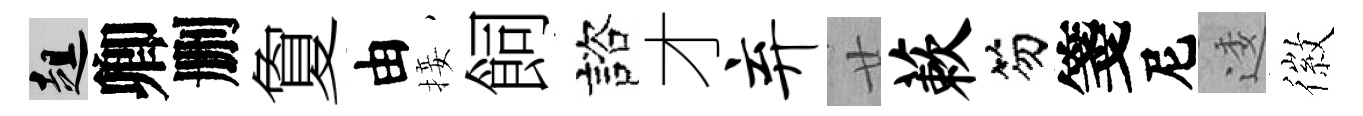
趄卿删夐由接飼諮才弃廿蔌笏箋尼逶徽